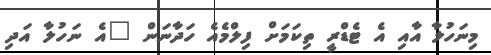
މިނަހުލާ އާއި އެ ޓެޑްރީ ތިކަމަށް ފިލްމެއެ ހަދާނަން "އެ ނަހުލާ އަދި